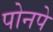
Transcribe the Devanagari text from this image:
पोनपे